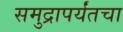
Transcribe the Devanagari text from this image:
समुद्रापर्यंतचा